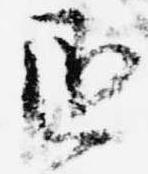
丞